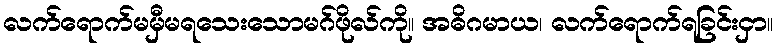
လက်ရောက်မမှီမရသေးသောမဂ်ဖိုလ်ကို။ အဓိဂမာယ၊ လက်ရောက်ရခြင်းငှာ။